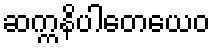
ဆက္ကနိပါတေယေဝ